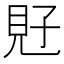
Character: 覎